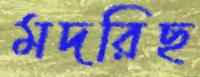
মদরিছ